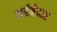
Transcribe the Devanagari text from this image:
कईमैदान